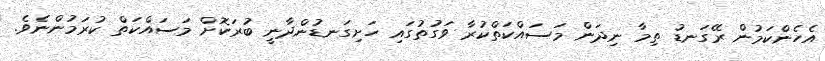
އެހެންކަމުން ރޭގަނޑު ތިމާ ނިދަން މަސައްކަތްކުރާ ވަގުތުގައި ހަށިގަނޑުންދާނީ ބުރަކޮށް މަސައްކަތް ކުރަމުންނެވެ.